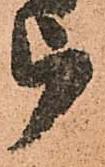
被